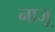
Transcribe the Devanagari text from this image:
नाजू